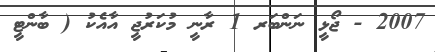
2007 - ޖޯޅީ ނަންބަރ 1 ރާނީ މުކަރުޖީ އާއެކު ( ބާންޓީ